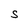
Character: S